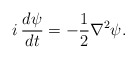
\begin{align*}i\: \frac{d\psi}{dt} = -\frac{1}{2} \nabla^2 \psi.\end{align*}